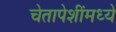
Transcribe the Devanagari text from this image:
चेतापेशींमध्ये